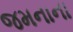
જમનાના